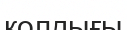
қолдығы